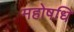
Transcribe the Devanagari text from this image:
महोषधि